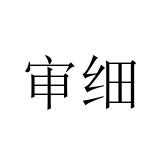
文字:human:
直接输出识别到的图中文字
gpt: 审细